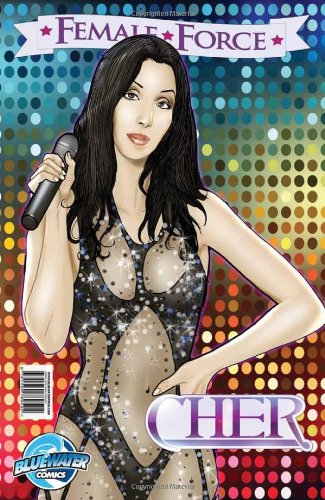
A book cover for Female Force: Cher; Marc Shapiro; Comics & Graphic Novels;